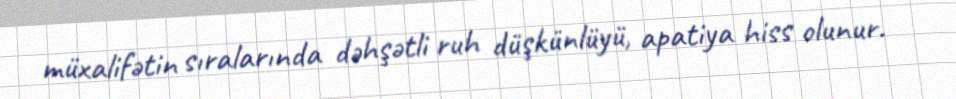
müxalifətin sıralarında dəhşətli ruh düşkünlüyü, apatiya hiss olunur.